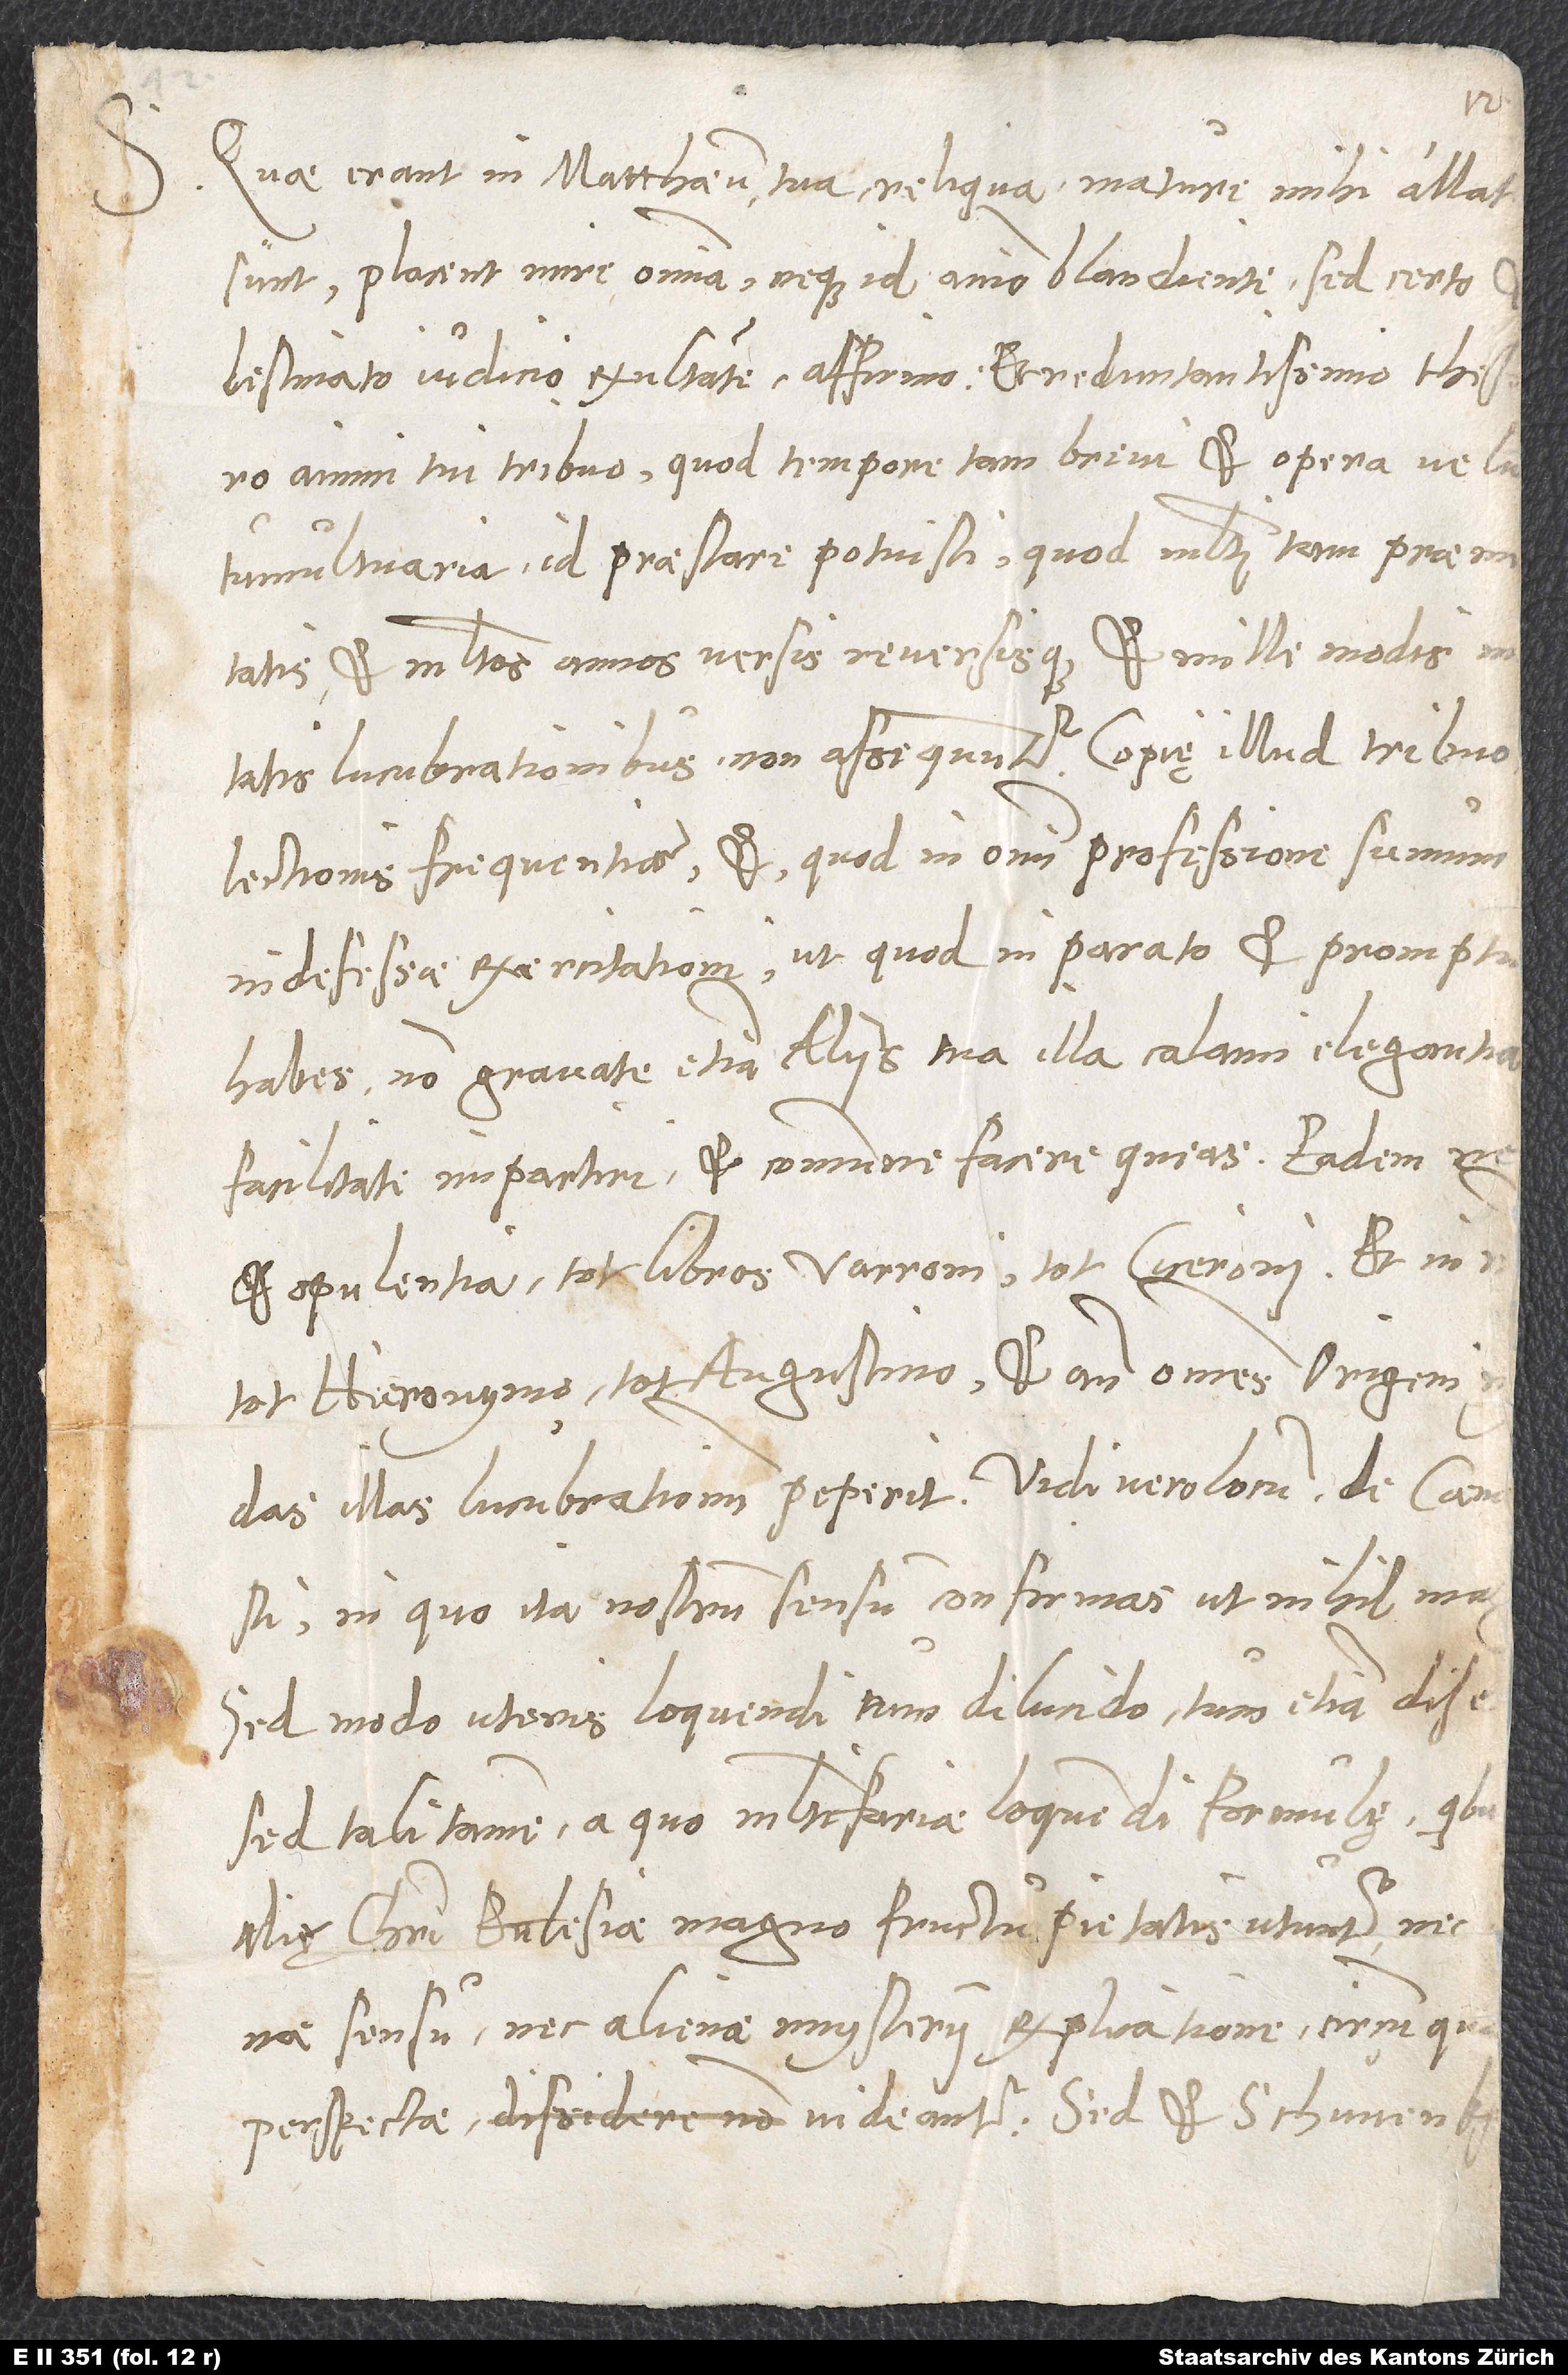
Quae erant in Matthaeum tua reliqua, mature mihi allata
sunt. Placent mire omnia, neque id animo blandiente, sed certo
destinato iudicio exsultante affirmo et reduntantissimo thesauro
animi tui tribuo, quod tempore tam brevi et opera velut
tumultuaria id praestare potuisti, quod multi tam praemeditatis
et multos annos versis reversisque et mille modis
lucubrationibus non assequuntur. Copię illud tribuo
lectionis frequentiae et, quod in omni professione summum
indefessae exercitationi, ut, quod in parato et promptu
habes, non gravate etiam aliis tua illa calami elegantia
facilitate impartiri et commune facere queas. Eadem
et opulentia tot libros Varroni, tot Ciceroni et nimirum,
tot Hieronymo, tot Augustino et ante omnes Origeni
illas lucubrationum peperit. Vidi vero locum de cena
in quo ita nostrum sensum confirmas, ut nihil magis.
Sed modo uteris loquendi tam dilucido, tam etiam diserto,
sed tali tamen, a quo multifariae loquendi formulę, quibus
alię Christi ecclesiae magno fructu pietatis utuntur, nec
sensu, nec alienae mysterii explicatione, circumquaque
perspectae videantur. Sed et Schwenkfeldio